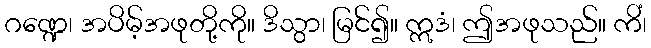
ဂဏ္ဍေ၊ အပိမ့်အဖုတို့ကို။ ဒိသွာ၊ မြင်၍။ ဣဒံ၊ ဤအဖုသည်။ ကိံ၊